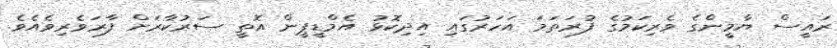
ރައީސް ޔާމީންގެ ވެރިކަމުގެ ފުރަތަމަ އަހަރުގައި އިދިކޮޅު އެމްޑީޕީން އޮތީ ސަރުކާރަށް ފާރަވެރިވެއެވެ.